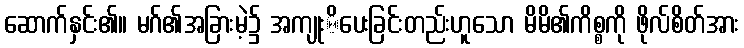
ဆောက်နှင်း၏။ မဂ်၏အခြားမဲ့၌ အကျုးိပေးခြင်းတည်းဟူသော မိမိ၏ကိစ္စကို ဖိုလ်စိတ်အား